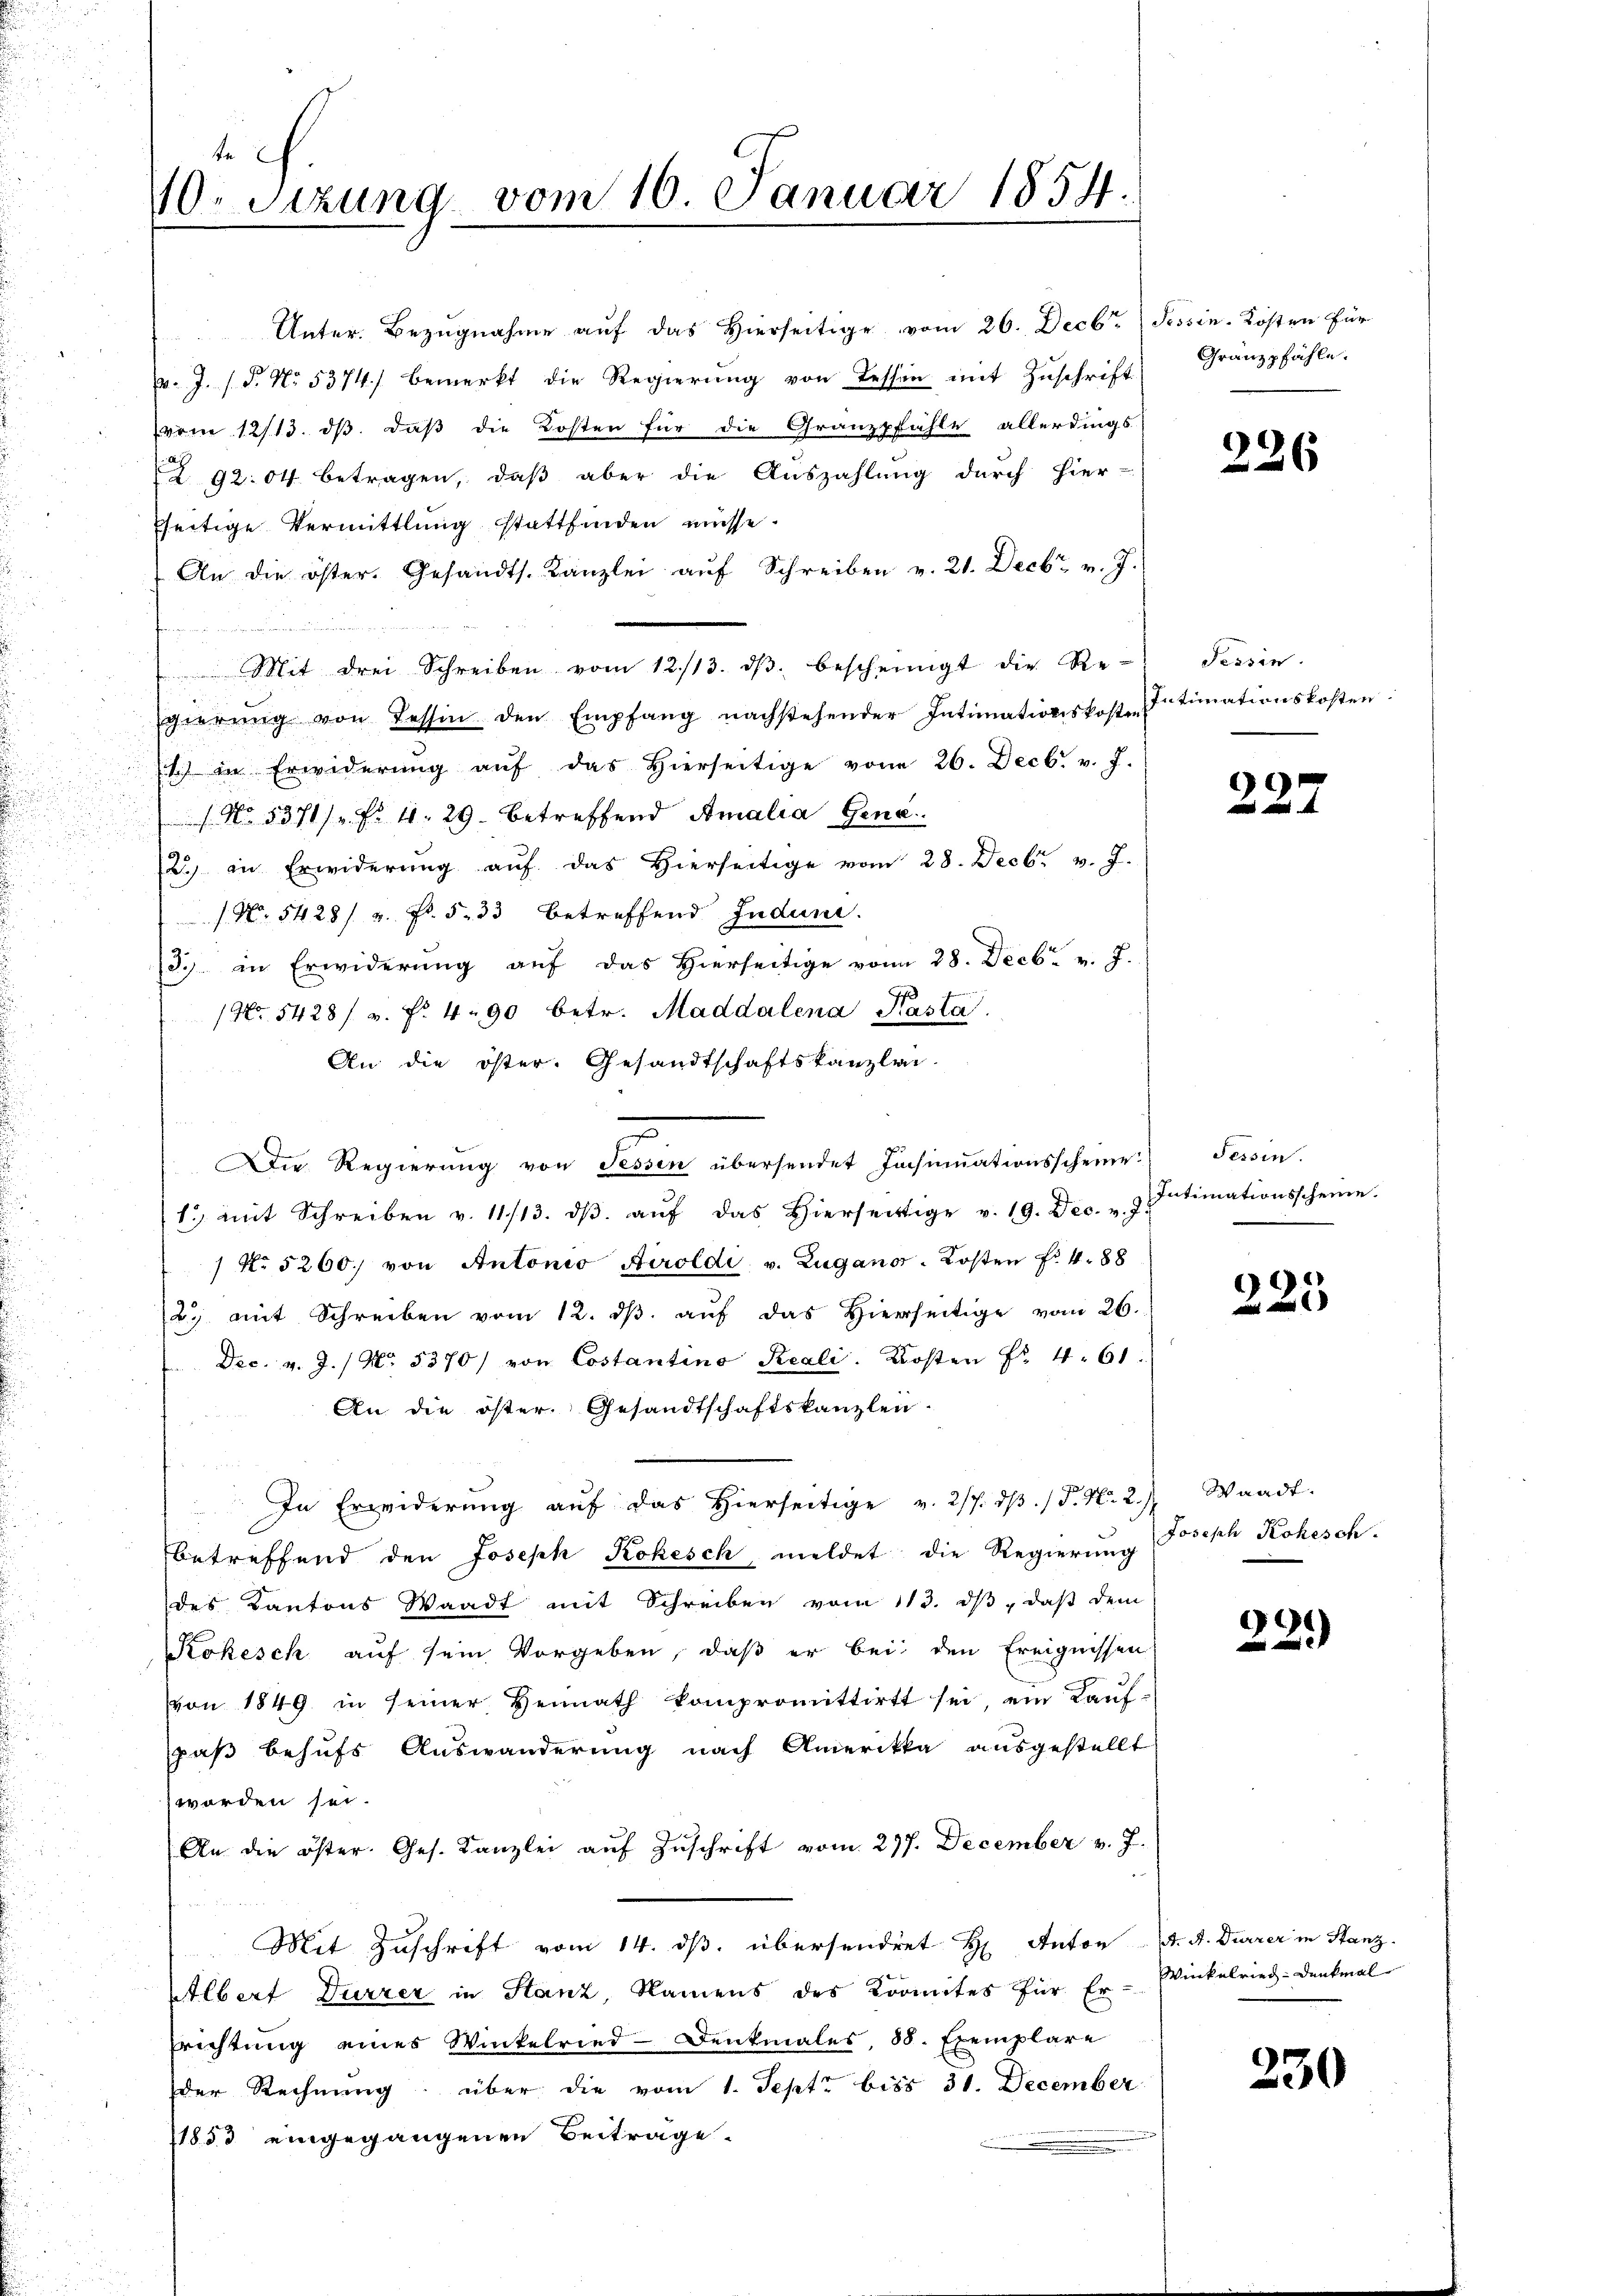
te
10. Sizung vom 10. Januar 1854.

Unter. Bezugnahme auf das Hierseitige vom 26. Decbr. Tessin. Kosten für
t
A. J. P. No. 5374) bemerkt die Regierŭng von Tessin mit Zuschrift
vom 12/13. ds. daß die Kosten für die Granzpfühle allerdings
2. 92: 04 betragen, daß aber die Auszahlung durch hier-
seitige Vermittlung stattfinden müsse.
An die öster. Gesandts. Kanzlei aŭf Schreiben v. 21. Decbr. v. J.
Mit drei Schreiben vom 12./13. dβ bescheinigt die Re-
gierŭng von Tessin den Empfang nachstehender Intimationskosten
i
t in Erwiderŭng aŭf das hierseitige vom 26. Decbr. v. J.
(No. 5371 f. 4. 29. Betreffend Amalia Gena
2) in Erwiderung auf das Hierseitige vom 28. Decbr. v. J.
(No. 5428/ v. Fr. 533 betreffend Indun
3. in Erwiderung auf das Hierseitige vom 28. Decbr. v. J.
(No 5428/ v. fr. 4. 90 betr. Maddalena Kasta
An die öster. Gesandtschaftskanzlei-
Die Regierŭng von Tessin übersendet Iachsinuationsscheine Tessin.
1 mit Schreiben v. 11/13. dβ aŭf das hierseitige v. 19. Dec. " J. Intimationsscheine
1 No 5260. von Antonio Airoldi v. Zugano-Kosten f. 488
2. mit Schreiben vom 12. dβ aŭf das hierseitige vom 26.
 Dec. v. J. / No. 5370) von Costantino Reali. Kosten Fr. 461.
An die öster. Gesandtschaftskanzlen
In Erwiderung auf das Hierseitige v. 217. dβ. /d. N. 2.) Waadt.
betreffend den Joseph Rokesch meldet die Regierung
des Kantons Waadt mit Schreiben vom 113. ds, daß dem
Rokesch auf sein Vorgeben, daß er bei den Ereignissen
von 1849 in seiner Heimath kompromittirt sei, ein Kaŭf-
spaß behufs Auswanderung nach Amerika ausgestellt
worden sei.
An die öster. Ges. Kanzlei auf Zuschrift vom 297. December v. J.
Mit Zuschrift vom 14. ds. übersendet H. Anton J. A. Durrer in Stanz.
Albert Dürrer in Stanz, Namens des Kormites für Er-Winkelried-Denkmal
Erichtung eines Winkelried-Denkmales, 88. Exemplare
der Rechnŭng über die vom 1. Sept. bis 31. December
11850 eingegangenen Beiträge.

Gränzpfähle.

226

Tessin.
Intimationskosten

9

9

Joseph Kohesch.

9
2

230